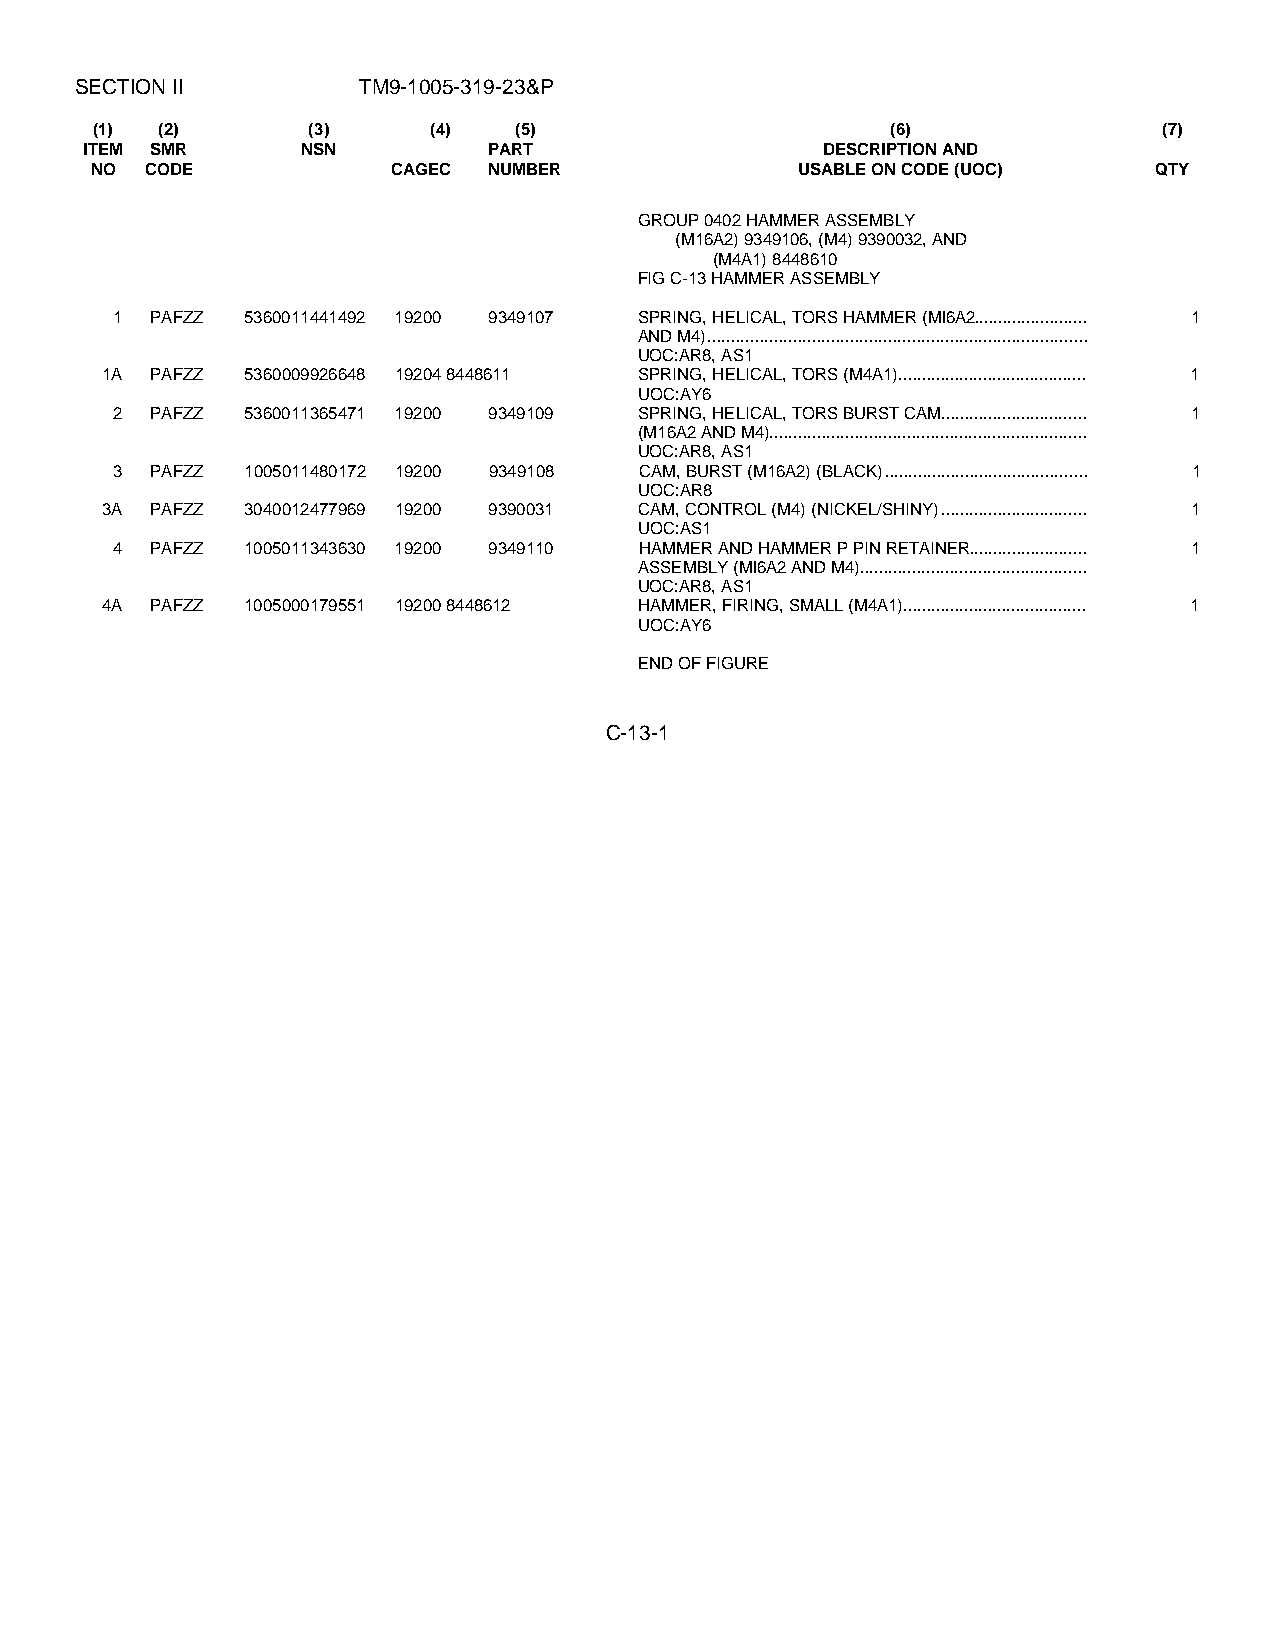
SECTION II         TM9-1005-319-23&P
 (1)  (2)      (3)     (4)   (5)                      (6)               (7)
 ITEM SMR      NSN         PART                  DESCRIPTION AND
 NO  CODE            CAGEC NUMBER               USABLE ON CODE (UOC)   QTY
 GROUP 0402 HAMMER ASSEMBLY
 (M16A2) 9349106, (M4) 9390032, AND
 (M4A1) 8448610
 FIG C-13 HAMMER ASSEMBLY
 1  PAFZZ 5360011441492 19200 9349107 SPRING, HELICAL, TORS HAMMER (Ml6A2........................ 1
 AND M4)................................................................................
 UOC:AR8, AS1
 1A PAFZZ 5360009926648 19204 8448611 SPRING, HELICAL, TORS (M4A1)........................................ 1
 UOC:AY6
 2  PAFZZ 5360011365471 19200 9349109 SPRING, HELICAL, TORS BURST CAM............................... 1
 (M16A2 AND M4)...................................................................
 UOC:AR8, AS1
 3  PAFZZ 1005011480172 19200 9349108 CAM, BURST (M16A2) (BLACK)........................................... 1
 UOC:AR8
 3A PAFZZ 3040012477969 19200 9390031 CAM, CONTROL (M4) (NICKEL/SHINY)............................... 1
 UOC:AS1
 4  PAFZZ 1005011343630 19200 9349110 HAMMER AND HAMMER P PIN RETAINER......................... 1
 ASSEMBLY (Ml6A2 AND M4)................................................
 UOC:AR8, AS1
 4A PAFZZ 1005000179551 19200 8448612 HAMMER, FIRING, SMALL (M4A1)....................................... 1
 UOC:AY6
 END OF FIGURE
 C-13-1